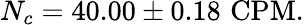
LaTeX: N_{c}=40.00\pm 0.18\, \, \mathrm{CPM}.